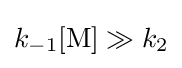
k_{-1}[{\ce {M}}]\gg k_{2}